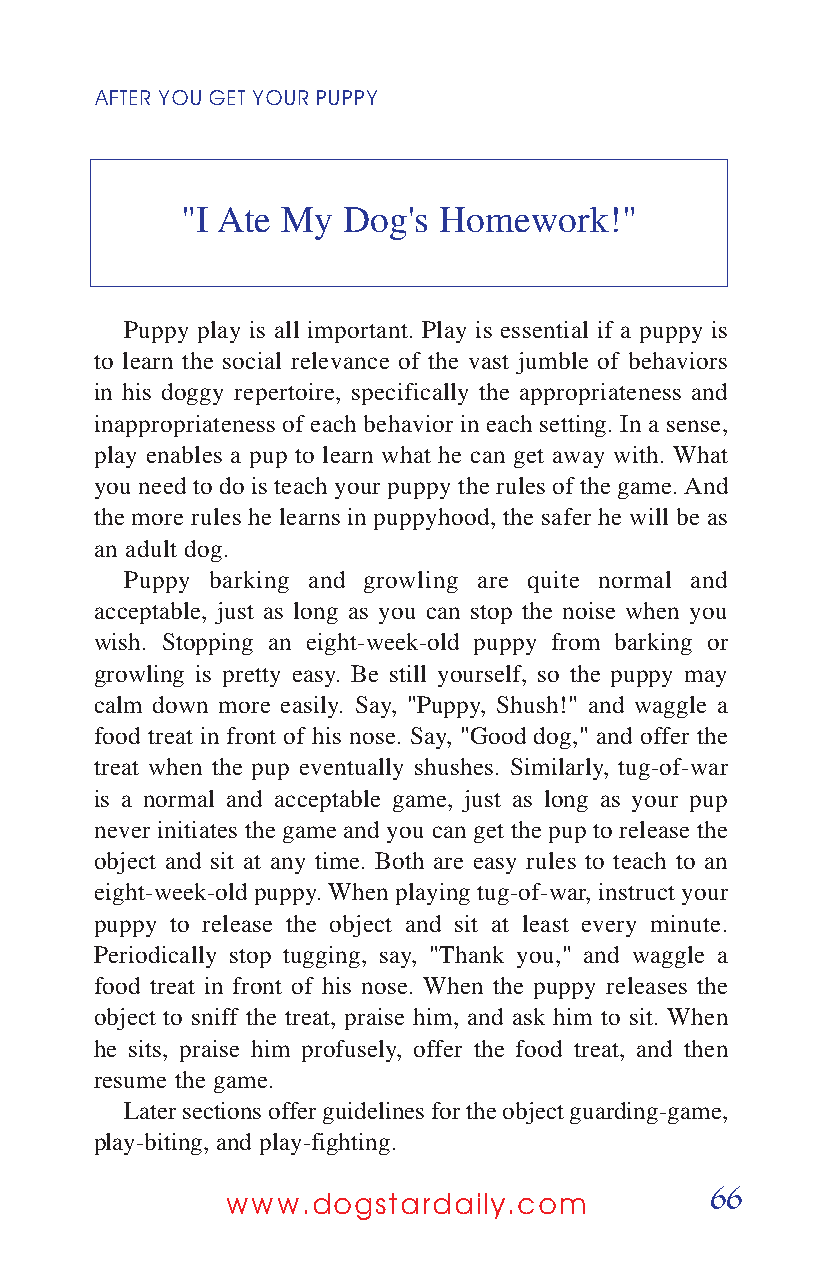
AFTER YOUGETYOURPUPPY
 "I Ate My  Dog's Homework!"
 Puppy play is all important. Play is essential if a puppy is
 to learn the social relevance of the vast jumble of behaviors
 in his doggy repertoire, specifically the appropriateness and
 inappropriateness of each behavior in each setting. In a sense,
 play enables a pup to learn what he can get away with. What
 you need to do is teach your puppy the rules of the game. And
 the more rules he learns in puppyhood, the safer he will be as
 an adult dog.
 Puppy barking and growling are quite normal and
 acceptable, just as long as you can stop the noise when you
 wish. Stopping an eight-week-old puppy from barking or
 growling is pretty easy. Be still yourself, so the puppy may
 calm down more easily. Say, "Puppy, Shush!" and waggle a
 food treat in front of his nose. Say, "Good dog," and offer the
 treat when the pup eventually shushes. Similarly, tug-of-war
 is a normal and acceptable game, just as long as your pup
 never initiates the game and you can get the pup to release the
 object and sit at any time. Both are easy rules to teach to an
 eight-week-old puppy. When playing tug-of-war, instruct your
 puppy to release the object and sit at least every minute.
 Periodically stop tugging, say, "Thank you," and waggle a
 food treat in front of his nose. When the puppy releases the
 object to sniff the treat, praise him, and ask him to sit. When
 he sits, praise him profusely, offer the food treat, and then
 resume the game.
 Later sections offer guidelines for the object guarding-game,
 play-biting, and play-fighting.
 66
 www.dogstardaily.com